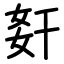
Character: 姧